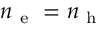
n _ { \mathrm { ~ e ~ } } = n _ { \mathrm { ~ h ~ } }